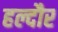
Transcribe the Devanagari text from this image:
हल्दौर